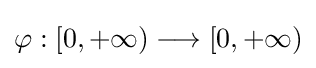
\varphi :[0,+\infty )\longrightarrow [0,+\infty )